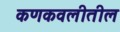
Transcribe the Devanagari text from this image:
कणकवलीतील